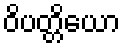
ဝိပတ္တိယော